Report on the metropolitan horse fairs and district horse shows of 1892-93 - 1892-1893
Year: 1892
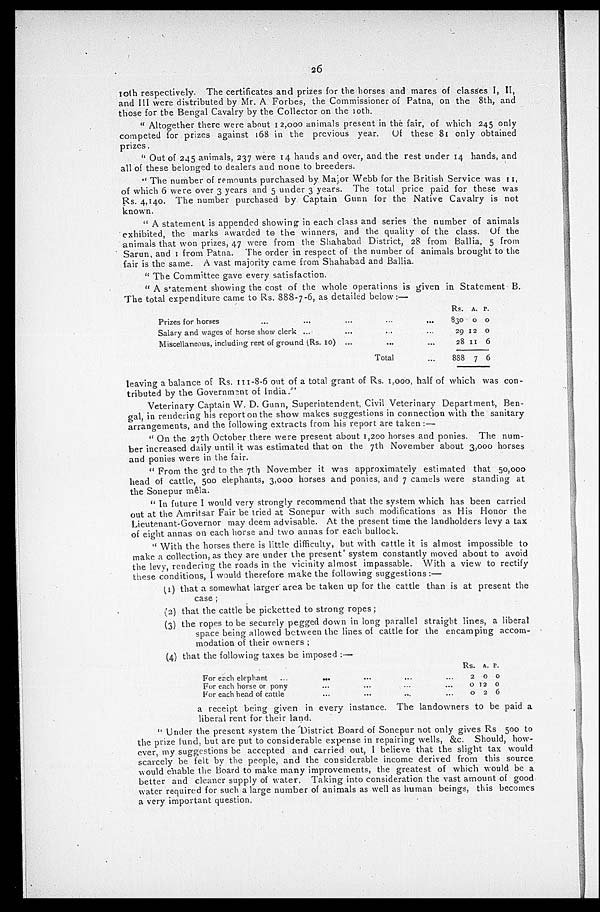
26
10th respectively. The certificates and prizes for the horses and mares of classes I, II,
and III were distributed by Mr. A Forbes, the Commissioner of Patna, on the 8th, and
those for the Bengal Cavalry by the Collector on the 10th.
"Altogether there were about 12,000 animals present in the fair, of which 245 only
competed for prizes against 168 in the previous year. Of these 81 only obtained
prizes.
"Out of 245 animals, 237 were 14 hands and over, and the rest under 14 hands, and
all of these belonged to dealers and none to breeders.
"The number of remounts purchased by Major Webb for the British Service was 11,
of which 6 were over 3 years and 5 under 3 years. The total price paid for these was
Rs. 4,140. The number purchased by Captain Gunn for the Native Cavalry is not
known.
"A statement is appended showing in each class and series the number of animals
exhibited, the marks awarded to the winners, and the quality of the class. Of the
animals that won prizes, 47 were from the Shahabad District, 28 from Ballia, 5 from
Sarun, and 1 from Patna. The order in respect of the number of animals brought to the
fair is the same. A vast majority came from Shahabad and Ballia.
"The Committee gave every satisfaction.
"A statement showing the cost of the whole operations is given in Statement B.
The total expenditure came to Rs. 888-7-6, as detailed below:—
Prizes for horses ... ...
Salary and wages of horse show clerk ...
Miscellaneous, including rent of ground (Rs. 10)
...
...
...
...
...
...
Total
...
...
...
...
Rs.
830
29
28
888
A.
0
12
11
7
P.
0
0
6
6
leaving a balance of Rs. 111-8-6 out of a total grant of Rs. 1,000, half of which was con-
tributed by the Government of India."
Veterinary Captain W. D. Gunn, Superintendent, Civil Veterinary Department, Ben-
gal in rendering his report on the show makes suggestions in connection with the sanitary
arrangements, and the following extracts from his report are taken:—
"On the 27th October there were present about 1,200 horses and ponies. The num-
ber increased daily until it was estimated that on the 7th November about 3,000 horses
and ponies were in the fair.
"From the 3rd to the 7th November it was approximately estimated that 50,000
head of cattle, 500 elephants, 3,000 horses and ponies, and 7 camels were standing at
the Sonepur mêla.
"In future I would very strongly recommend that the system which has been carried
out at the Amritsar Fair be tried at Sonepur with such modifications as His Honor the
Lieutenant-Governor may deem advisable. At the present time the landholders levy a tax
of eight annas on each horse and two annas for each bullock.
"With the horses there is little difficulty, but with cattle it is almost impossible to
make a collection, as they are under the present system constantly moved about to avoid
the levy, rendering the roads in the vicinity almost impassable. With a view to rectify
these conditions, I would therefore make the following suggestions:—
(1) that a somewhat larger area be taken up for the cattle than is at present the
case;
(2) that the cattle be picketted to strong ropes;
(3) the ropes to be securely pegged down in long parallel straight lines, a liberal
space being allowed between the lines of cattle for the encamping accom-
modation of their owners;
(4) that the following taxes be imposed:—
For each elephant
For each horse or pony
For each head of cattle
...
...
...
...
...
Rs.
2
0
0
A.
0
12
2
P.
0
0
6
a receipt being given in every instance. The landowners to be paid a
liberal rent for their land.
"Under the present system the District Board of Sonepur not only gives Rs 500 to
the prize lund, but are put to considerable expense in repairing wells, &c. Should, how-
ever, my suggestions be accepted and carried out, I believe that the slight tax would
scarcely be. felt by the people, and the considerable income derived from this source
would enable the Board to make many improvements, the greatest of which would be a
better and cleaner supply of water. Taking into consideration the vast amount of good
water required for such a large number of animals as well as human beings, this becomes
a very important question.